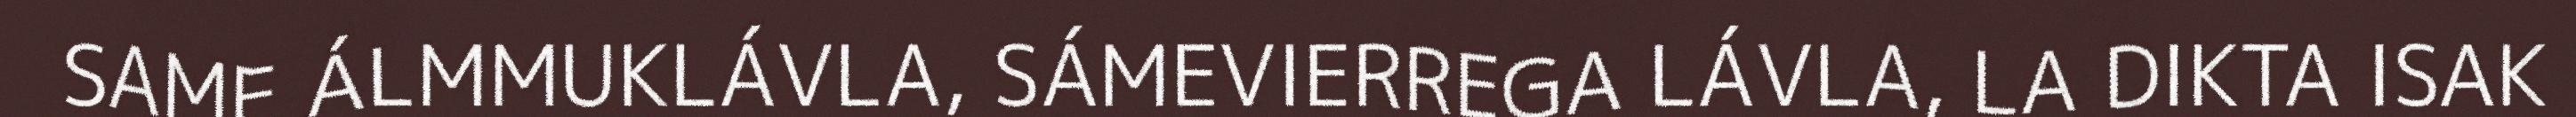
SAME ÁLMMUKLÁVLA, SÁMEVIERREGA LÁVLA, LA DIKTA ISAK